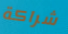
شراكة